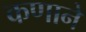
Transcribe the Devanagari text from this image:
कणाने